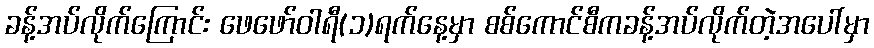
ခန့်အပ်လိုက်ကြောင်း ဖေဖော်ဝါရီ(၁)ရက်နေ့မှာ စစ်ကောင်စီကခန့်အပ်လိုက်တဲ့အပေါ်မှာ